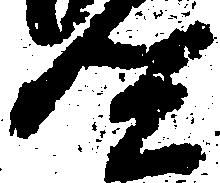
監